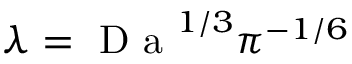
\lambda = \textrm { D a } ^ { 1 / 3 } \pi ^ { - 1 / 6 }